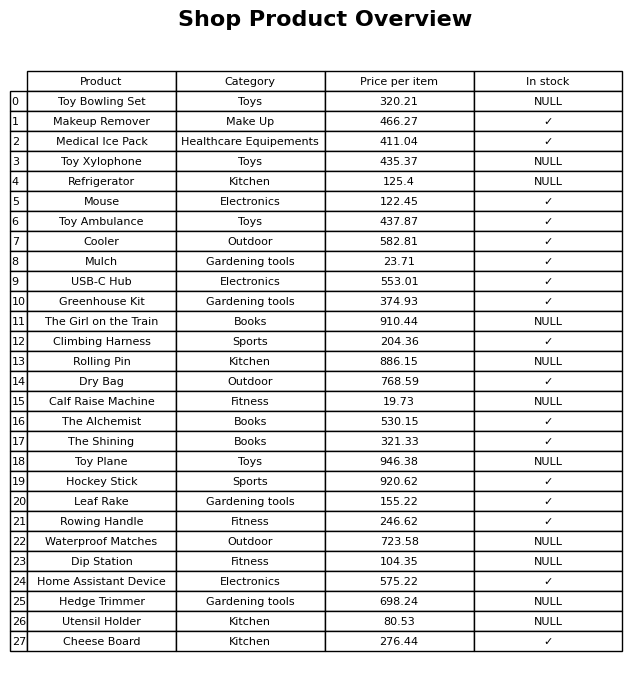
question: What is the price for Mouse?
answer: The price of Mouse is 122.45.